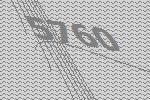
5760